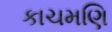
કાચમણિ